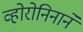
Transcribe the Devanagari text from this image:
व्होरोनिनाने